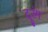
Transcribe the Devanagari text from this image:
दुरंग